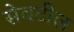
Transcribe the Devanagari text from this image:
सेवटील